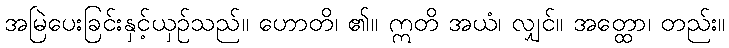
အမြဲပေးခြင်းနှင့်ယှဉ်သည်။ ဟောတိ၊ ၏။ ဣတိ အယံ၊ လျှင်။ အတ္ထော၊ တည်း။